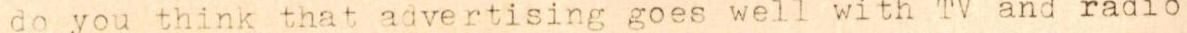
do you think that advertising goes well with TV and radio